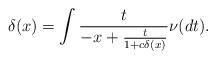
LaTeX: \begin{align*}\delta(x) &= \int \frac{t}{-x + \frac{t}{1+c\delta(x)}} \nu(dt).\end{align*}